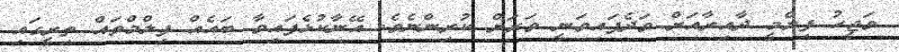
ވަޖީހު ފިލްމީ ދާއިރާއަށް ވަދެފައިވަނީ ވަރަށް ކުރިންނެވެ. އޭނާކުޅެފައިވާ ބައެއް ފިލްމްތައް ތިރީގައި